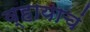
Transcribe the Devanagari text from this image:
व्हायाचं